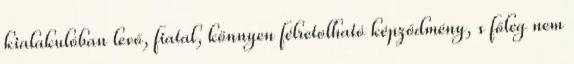
kialakulóban levő, fiatal, könnyen félretolható képződmény, s főleg nem